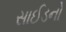
સાઈડનો